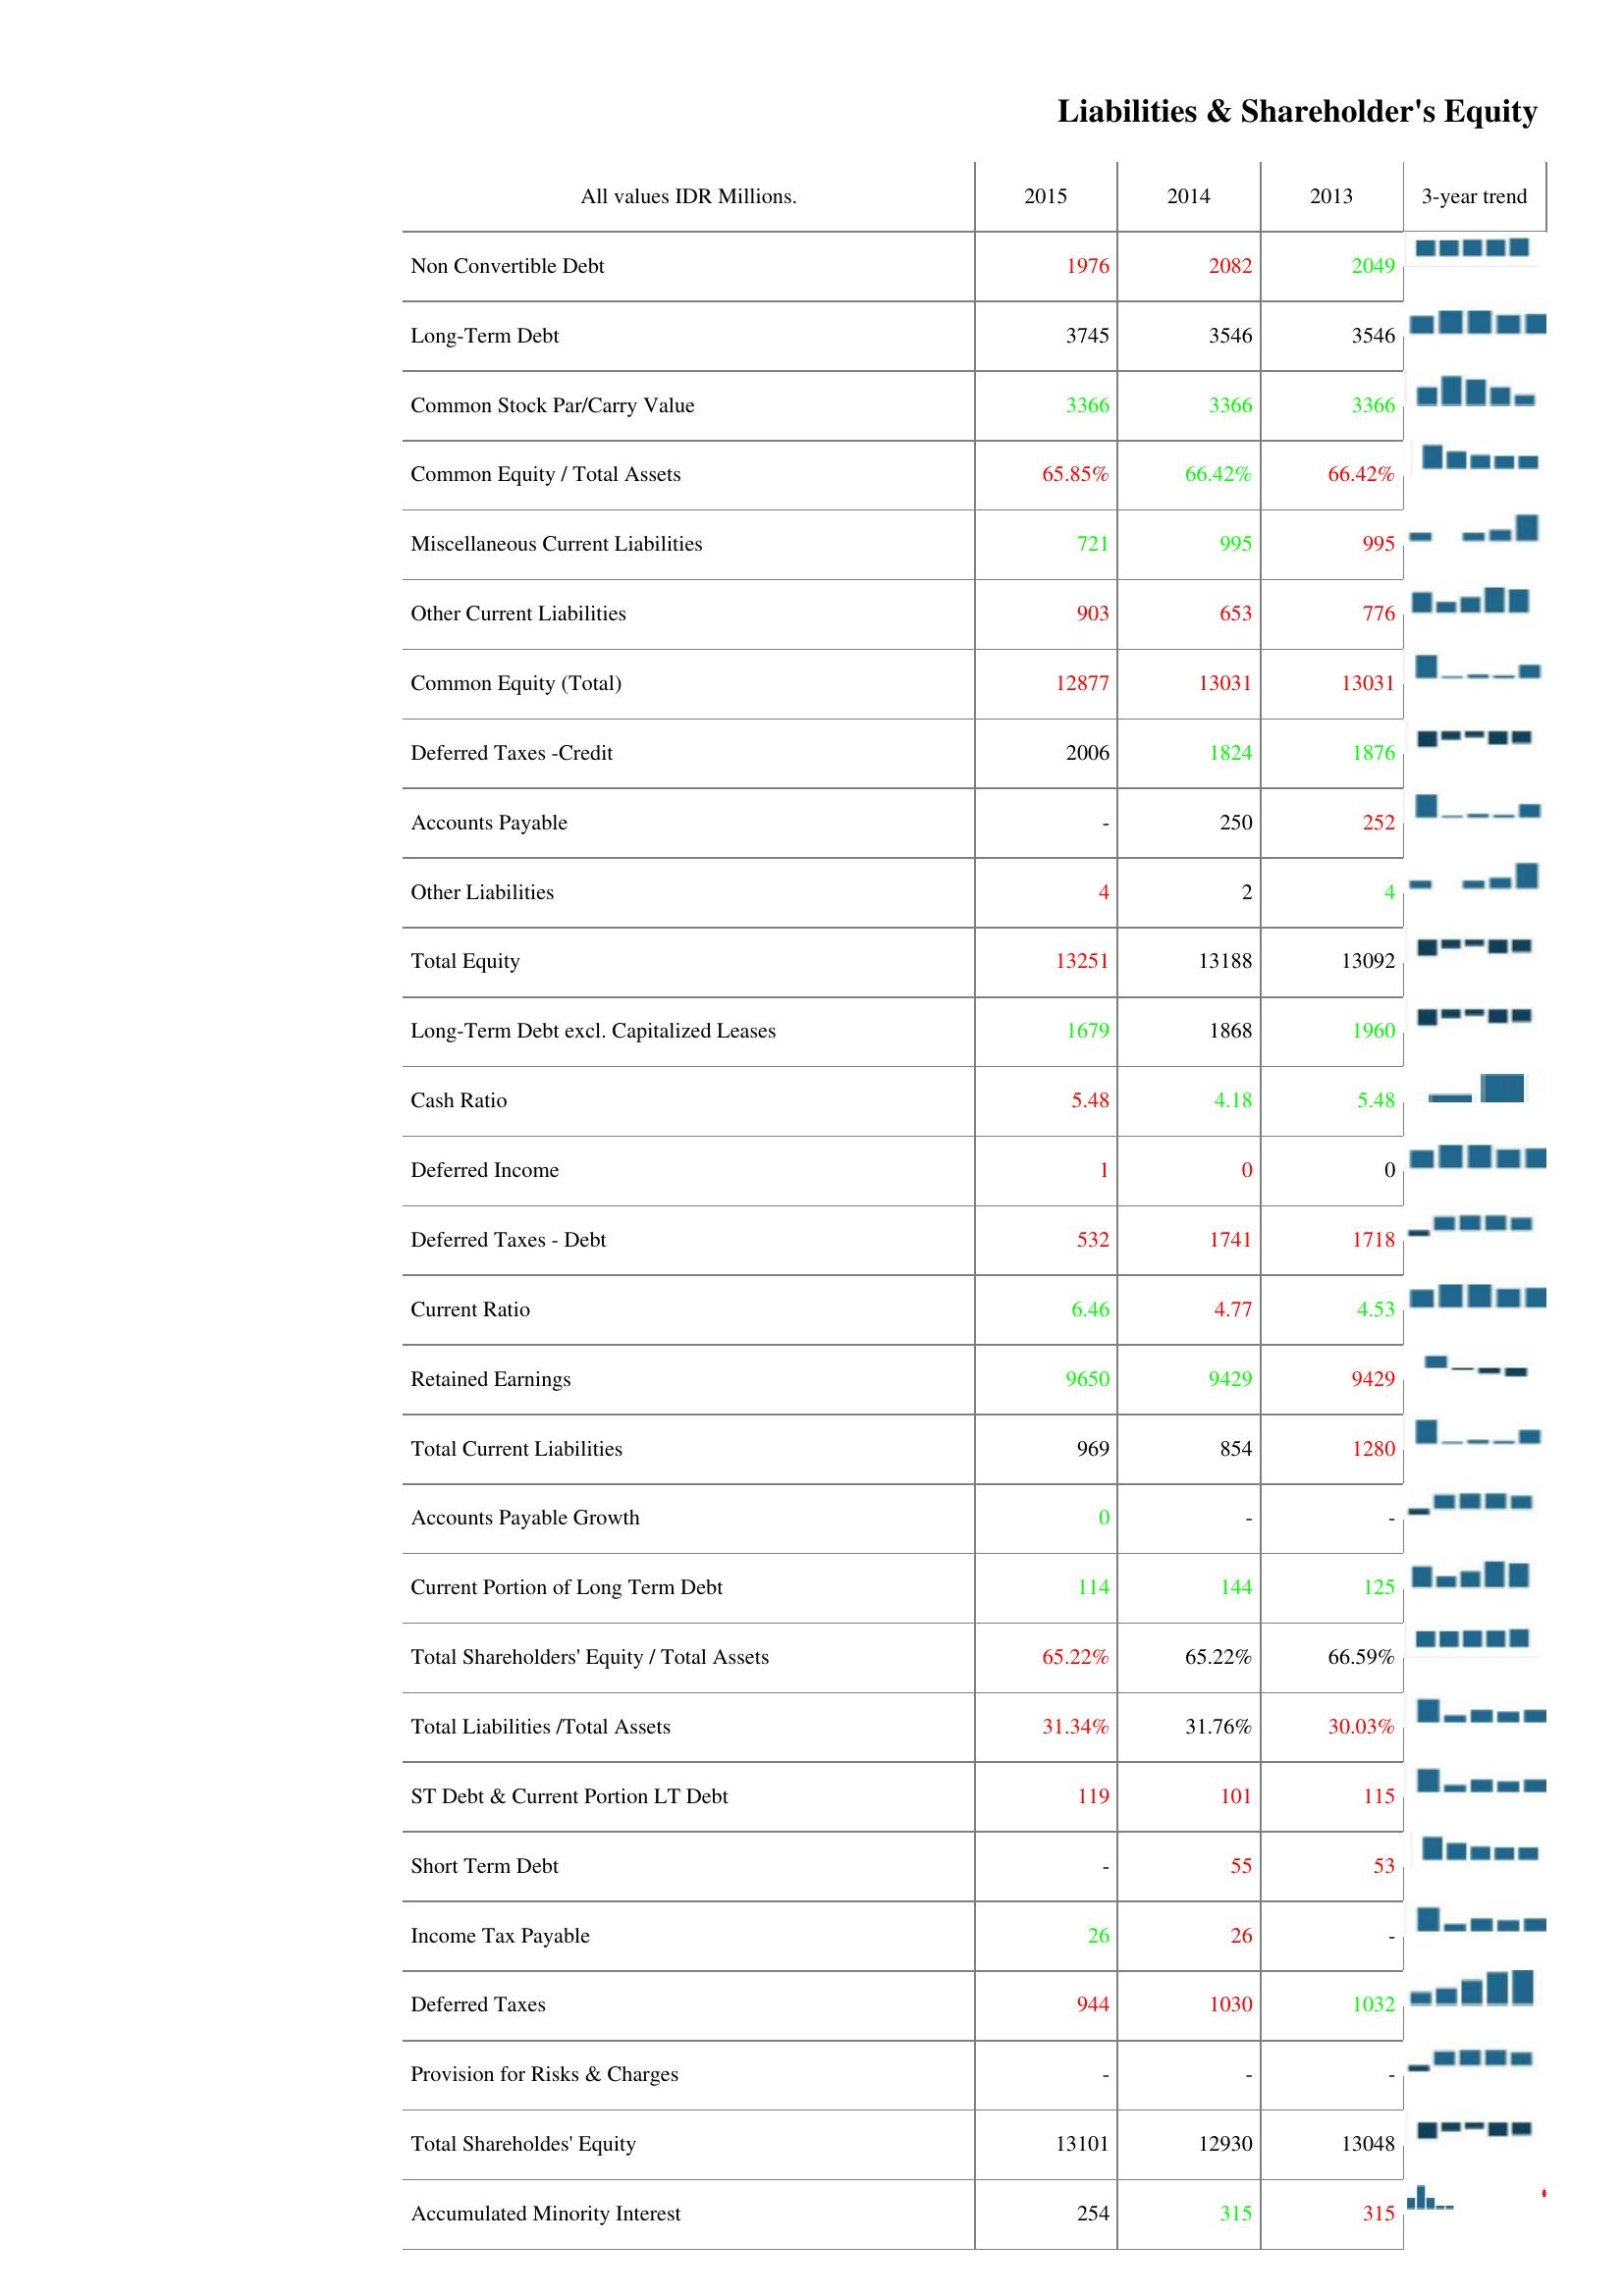
2015: Liabilities & Shareholder's Equity: Non Convertible Debt: 1976
Long-Term Debt: 3745
Common Stock Par/Carry Value: 3366
Common Equity / Total Assets: 65.85%
Miscellaneous Current Liabilities: 721
Other Current Liabilities: 903
Common Equity (Total): 12877
Deferred Taxes -Credit: 2006
Accounts Payable: -
Other Liabilities: 4
Total Equity: 13251
Long-Term Debt excl. Capitalized Leases: 1679
Cash Ratio: 5.48
Deferred Income: 1
Deferred Taxes - Debt: 532
Current Ratio: 6.46
Retained Earnings: 9650
Total Current Liabilities: 969
Accounts Payable Growth: 0
Current Portion of Long Term Debt: 114
Total Shareholders' Equity / Total Assets: 65.22%
Total Liabilities /Total Assets: 31.34%
ST Debt & Current Portion LT Debt: 119
Short Term Debt: -
Income Tax Payable: 26
Deferred Taxes: 944
Provision for Risks & Charges: -
Total Shareholdes' Equity: 13101
Accumulated Minority Interest: 254
2014: Liabilities & Shareholder's Equity: Non Convertible Debt: 2082
Long-Term Debt: 3546
Common Stock Par/Carry Value: 3366
Common Equity / Total Assets: 66.42%
Miscellaneous Current Liabilities: 995
Other Current Liabilities: 653
Common Equity (Total): 13031
Deferred Taxes -Credit: 1824
Accounts Payable: 250
Other Liabilities: 2
Total Equity: 13188
Long-Term Debt excl. Capitalized Leases: 1868
Cash Ratio: 4.18
Deferred Income: 0
Deferred Taxes - Debt: 1741
Current Ratio: 4.77
Retained Earnings: 9429
Total Current Liabilities: 854
Accounts Payable Growth: -
Current Portion of Long Term Debt: 144
Total Shareholders' Equity / Total Assets: 65.22%
Total Liabilities /Total Assets: 31.76%
ST Debt & Current Portion LT Debt: 101
Short Term Debt: 55
Income Tax Payable: 26
Deferred Taxes: 1030
Provision for Risks & Charges: -
Total Shareholdes' Equity: 12930
Accumulated Minority Interest: 315
2013: Liabilities & Shareholder's Equity: Non Convertible Debt: 2049
Long-Term Debt: 3546
Common Stock Par/Carry Value: 3366
Common Equity / Total Assets: 66.42%
Miscellaneous Current Liabilities: 995
Other Current Liabilities: 776
Common Equity (Total): 13031
Deferred Taxes -Credit: 1876
Accounts Payable: 252
Other Liabilities: 4
Total Equity: 13092
Long-Term Debt excl. Capitalized Leases: 1960
Cash Ratio: 5.48
Deferred Income: 0
Deferred Taxes - Debt: 1718
Current Ratio: 4.53
Retained Earnings: 9429
Total Current Liabilities: 1280
Accounts Payable Growth: -
Current Portion of Long Term Debt: 125
Total Shareholders' Equity / Total Assets: 66.59%
Total Liabilities /Total Assets: 30.03%
ST Debt & Current Portion LT Debt: 115
Short Term Debt: 53
Income Tax Payable: -
Deferred Taxes: 1032
Provision for Risks & Charges: -
Total Shareholdes' Equity: 13048
Accumulated Minority Interest: 315